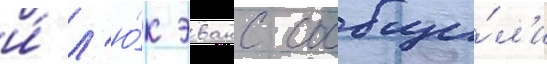
и́ л'ю́к эванс сообщи́л'и